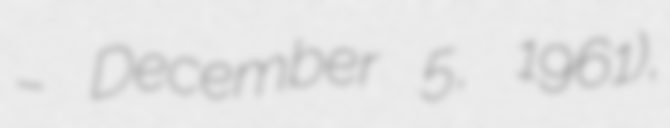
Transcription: – December 5, 1961),